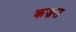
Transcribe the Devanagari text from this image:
कज़रा